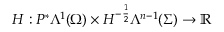
H : P ^ { \ast } \Lambda ^ { 1 } ( \Omega ) \times H ^ { - \frac { 1 } { 2 } } \Lambda ^ { n - 1 } ( \Sigma ) \to \mathbb { R }